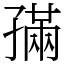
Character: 𡦖